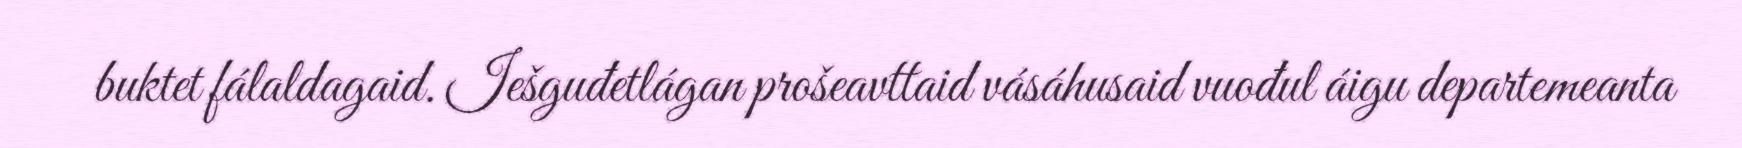
buktet fálaldagaid. Iešguđetlágan prošeavttaid vásáhusaid vuođul áigu departemeanta